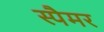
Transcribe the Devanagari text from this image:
स्पैमर